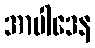
အာပါဒေန